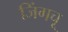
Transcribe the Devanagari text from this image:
जिंगचू